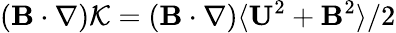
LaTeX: ({\mathbf{B}}\cdot\nabla){\cal{K}}=({\mathbf{B}}\cdot\nabla)\langle{{\mathbf{U}}^{2}+{\mathbf{B}}^{2}}\rangle/2